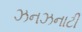
ઝનઝનાટી